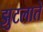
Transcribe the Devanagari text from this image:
झुटलाते